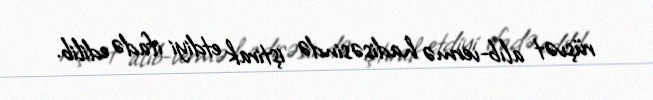
rüşvət alıb-vermə hadisəsində iştirak etdiyi ifadə edilib.